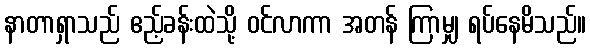
နာတာရှာသည် ဧည့်ခန်းထဲသို့ ဝင်လာကာ အတန် ကြာမျှ ရပ်နေမိသည်။